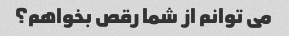
می توانم از شما رقص بخواهم؟